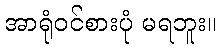
အာရုံဝင်စားပုံ မရဘူး။